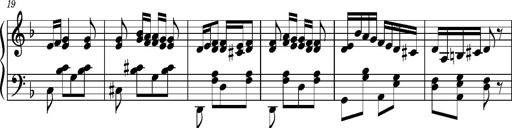
Title: Ungarischer Romanzero
Composer: Franz Liszt